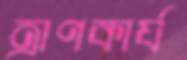
ত্রাণকার্য